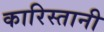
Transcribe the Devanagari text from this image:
कारिस्तानी